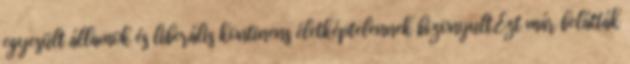
egyesült államok és liberális kontinens életképtelennek bizonyult.Ezt már belátták